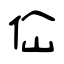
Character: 佡